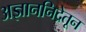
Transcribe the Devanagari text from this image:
अज्ञाननिद्रेतून